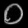
Digit: ၀